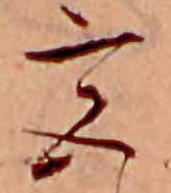
宮